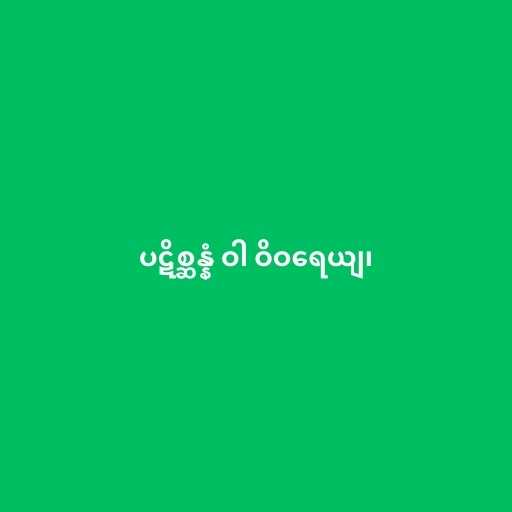
ပဋိစ္ဆန္နံ ဝါ ဝိဝရေယျ၊